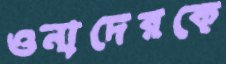
ওনাদেরকে